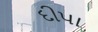
દીપા